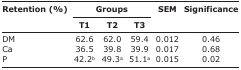
<table><thead><tr><td rowspan="3"><b>Retention (%)</b></td><td colspan="3"><b>Groups</b></td><td rowspan="3"><b>SEM</b></td><td rowspan="3"><b>Significance</b></td></tr><tr><td><b>T1</b></td><td><b>T2</b></td><td><b>T3</b></td></tr></thead><tbody><tr><td>DM</td><td>62.6</td><td>62.0</td><td>59.4</td><td>0.012</td><td>0.46</td></tr><tr><td>Ca</td><td>36.5</td><td>39.8</td><td>39.9</td><td>0.017</td><td>0.68</td></tr><tr><td>P</td><td>42.2<sup>b</sup></td><td>49.3<sup>a</sup></td><td>51.1<sup>a</sup></td><td>0.015</td><td>0.02</td></tr></tbody></table>